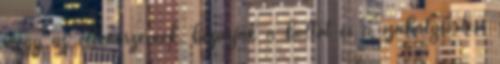
megy az ellenőrzésnek, bezárják a boltot és a szabálysértési